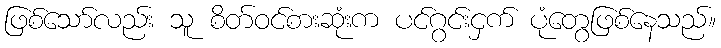
ဖြစ်သော်လည်း သူ စိတ်ဝင်စားဆုံးက ပင်ဂွင်းငှက် ပုံတွေဖြစ်နေသည်။